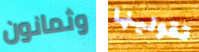
وثمانون تقولينها